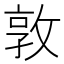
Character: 敦